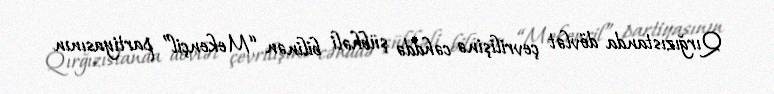
Qırğızıstanda dövlət çevrilişinə cəhddə şübhəli bilinən “Mekençil” partiyasının